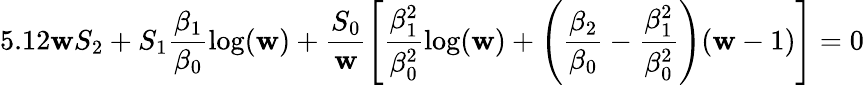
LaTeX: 5.12\mathbf{w}S_{2}+S_{1}\frac{{\beta_{1}}}{{\beta_{0}}}\log(\mathbf{w})+\frac{{S_{0}}}{{\mathbf{w}}}\left[\frac{{\beta_{1}^{2}}}{{\beta_{0}^{2}}}\log(\mathbf{w})+\left(\frac{{\beta_{2}}}{{\beta_{0}}}-\frac{{\beta_{1}^{2}}}{{\beta_{0}^{2}}}\right)(\mathbf{w}-1)\right]=0